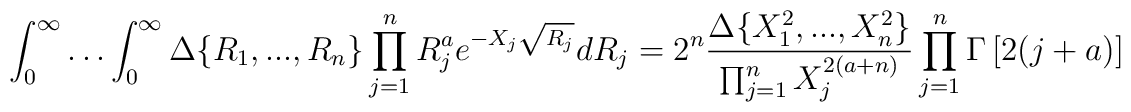
\int_0^{\infty}\ldots \int_0^{\infty}\Delta\{R_1,...,R_n\}\prod_{j=1}^n R_j^{a}e^{-X_j\sqrt{R_j}}dR_j=2^n\frac{\Delta\{X^2_1,...,X^2_n\}}{\prod_{j=1}^n X_j^{2(a+n)}}\prod_{j=1}^n\Gamma\left[2(j+a)\right]